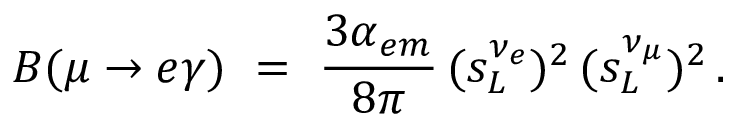
B ( \mu \to e \gamma ) \ = \ \frac { 3 \alpha _ { e m } } { 8 \pi } \, ( s _ { L } ^ { \nu _ { e } } ) ^ { 2 } \, ( s _ { L } ^ { \nu _ { \mu } } ) ^ { 2 } \, .